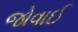
જોવાઈ